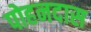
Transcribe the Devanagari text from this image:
पोहनदास